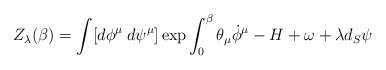
\begin{align*}Z_{\lambda}(\beta)=\int [d\phi^{\mu}\:d\psi^{\mu}]\exp {\int_0^{\beta}\theta_{\mu}\dot{\phi}^{\mu}-H+\omega+\lambda d_S \psi}\end{align*}